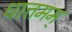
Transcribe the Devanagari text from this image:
धात्तमम्‌